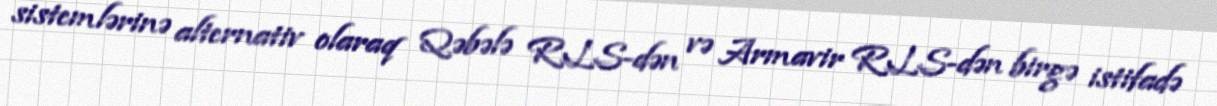
sistemlərinə alternativ olaraq Qəbələ RLS-dən və Armavir RLS-dən birgə istifadə